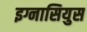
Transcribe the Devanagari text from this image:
इग्नासियुस